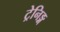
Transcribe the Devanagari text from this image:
ट्रेनिङ्ग